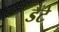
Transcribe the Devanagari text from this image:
डैंटे